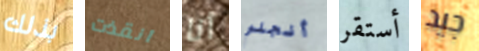
بذلك انقذت أنا أنجلو أستقر جيد